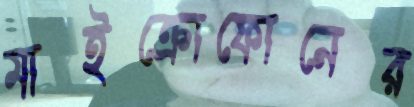
মাইক্রোফোনের